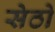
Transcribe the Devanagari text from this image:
सेठो